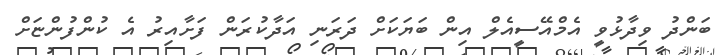
ބަންދު ވިދާޅުވީ އެމްއޭސީއެލް އިން ބަޔަކަށް ދަރަނި އަދާކުރަން ފަށާއިރު އެ ކުންފުންޏަށް